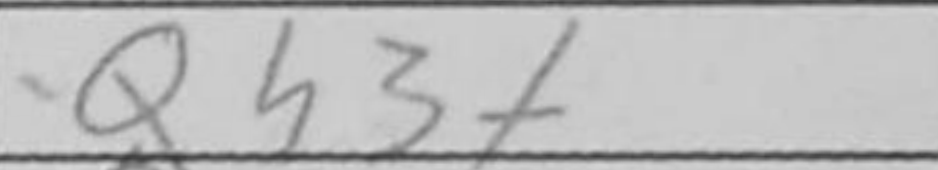
Transcription: Qh3+